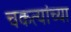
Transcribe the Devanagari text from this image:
चकत्यांच्या